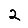
Digit: 2